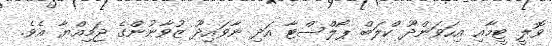
ވޮލީ ޓީމާއި އިހަވަންދޫ ކްލަބް ޕޯލްސްޓާ އަދި ނާވައިދޫ ޒުވާނުންގެ ޖަމިއްޔާ އެވެ.